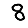
Digit: 8